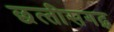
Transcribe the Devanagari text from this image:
छत्‍तीसगढ़़